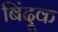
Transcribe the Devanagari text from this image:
बिंदूक